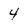
Character: 4